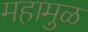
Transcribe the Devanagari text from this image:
महामुळ